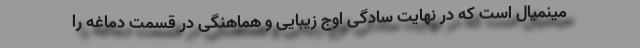
مینمیال است که در نهایت سادگی اوج زیبایی و هماهنگی در قسمت دماغه را